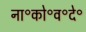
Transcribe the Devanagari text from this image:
ना॰को॰व॰दे॰